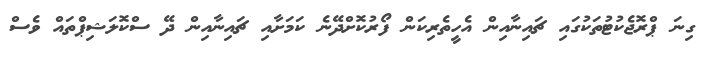
ގިނަ ޕްރޮޖެކުޓުތަކުގައި ޗައިނާއިން އެހީތެރިކަން ފޯރުކޮށްދޭނެ ކަމަށާއި ޗައިނާއިން ދޭ ސްކޮލަޝިޕްތައް ވެސް